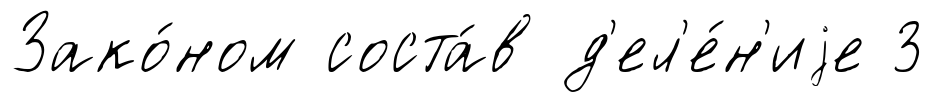
Зако́ном соста́в д'ел'е́н'иjе 3